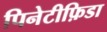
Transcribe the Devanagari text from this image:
पिनेटीफ़िडा